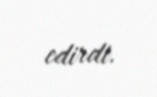
edirdi.